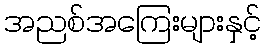
အညစ်အကြေးများနှင့်